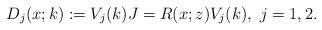
LaTeX: \begin{align*}D_j(x;k):=V_j(k)J =R(x;z)V_j(k), \ j=1,2.\end{align*}